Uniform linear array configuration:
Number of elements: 4
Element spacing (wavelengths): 1
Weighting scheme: binomial
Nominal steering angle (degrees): -45
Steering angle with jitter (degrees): -44.425
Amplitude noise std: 0.05
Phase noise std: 0.05

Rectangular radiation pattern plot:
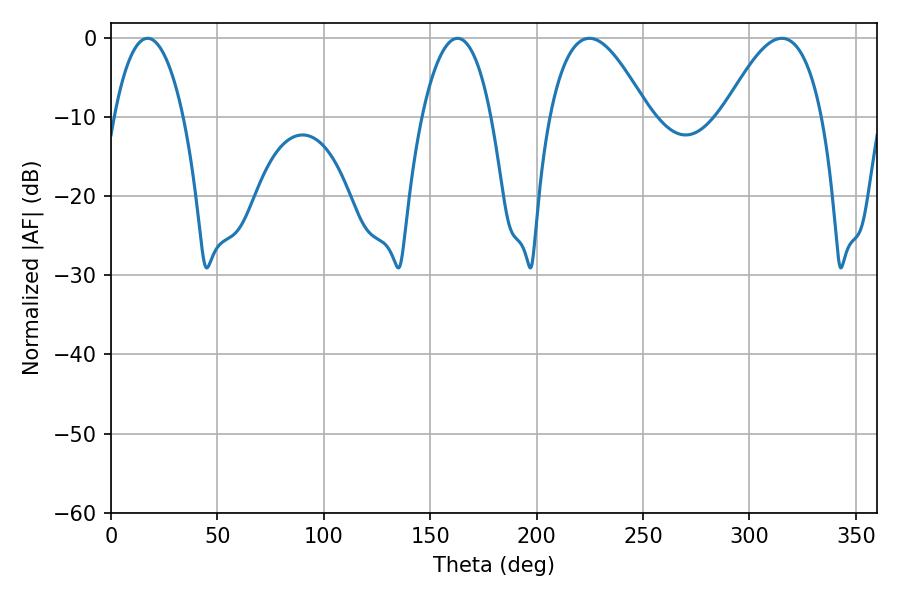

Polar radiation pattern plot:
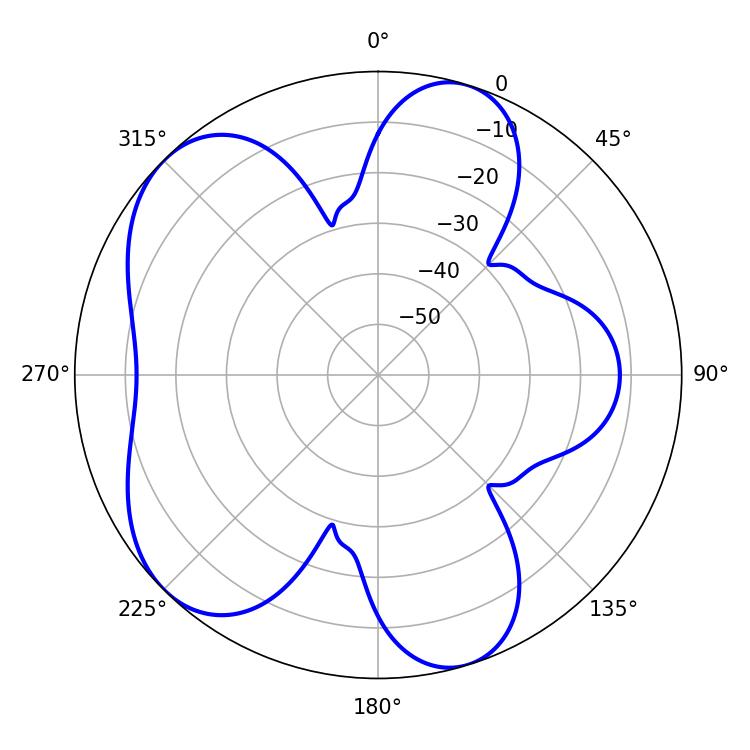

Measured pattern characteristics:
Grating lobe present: TRUE
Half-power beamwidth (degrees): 25.2
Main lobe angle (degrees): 224.82